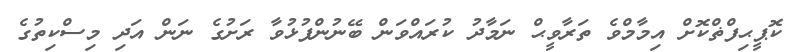
ކޮޕީޙިފްޡްކޮށް އިމާމްވެ ތަރާވީޙް ނަމާދު ކުރައްވަން ބޭނުންފުޅުވާ ރަށުގެ ނަން އަދި މިސްކިތުގެ